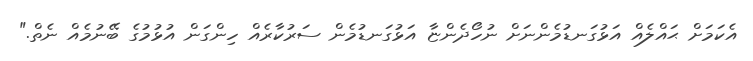
އެކަމަށް ޙައްލެއް އަޅުގަނޑުމެންނަށް ނުހޯދެންޏާ އަޅުގަނޑުމެން ސަރުކާރެއް ހިންގަން އުޅުމުގެ ބޭނުމެއް ނެތް."